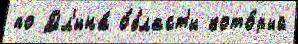
по Дл'ина́ о́бласт'и кото́рый